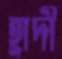
হ্রাদী